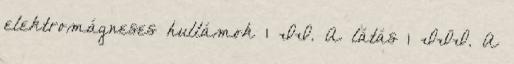
elektromágneses hullámok 1 II. A látás 1 III. A